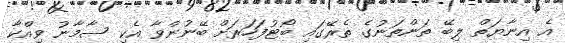
އެ އިނާޔަތް ލިބޭ ތަންތަނުގެ ތެރޭގައި ބޯޓުފަހަރަށް ބޭނުންވާ އެކި ސާމާނު ވިއްކާ